Civil Veterinary Dept. Bombay admin report 1923-31 - 1923-1931
Year: 1923
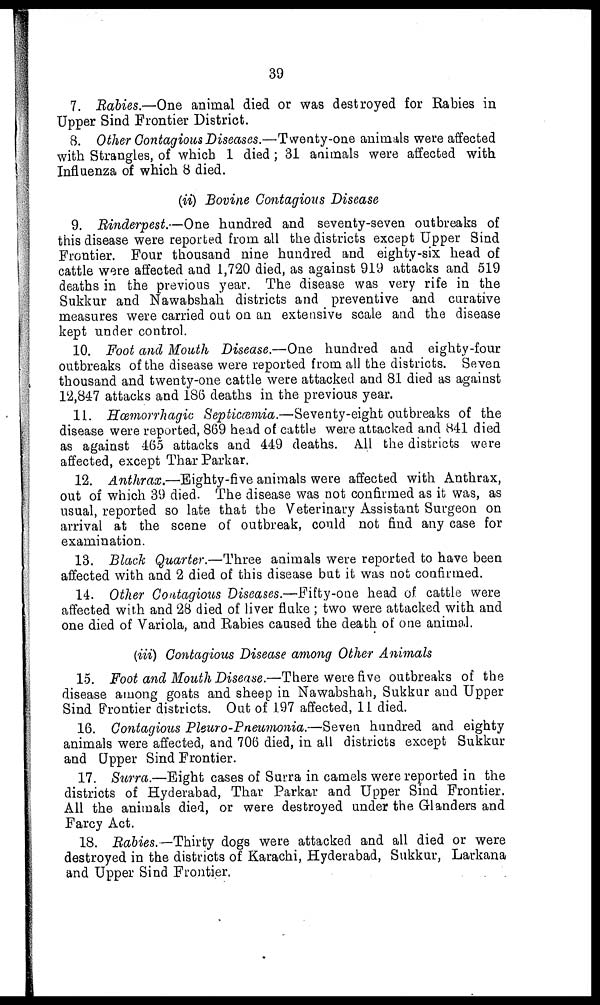
39
7. Rabies.—One animal died or was destroyed for Rabies in
Upper Sind Frontier District.
8. Other Contagious Diseases.—Twenty-one animals were affected
with Strangles, of which 1 died ; 31 animals were affected with
Influenza of which 8 died.
(ii) Bovine Contagious Disease
9. Rinderpest.—One hundred and seventy-seven outbreaks of
this disease were reported from all the districts except Upper Sind
Frontier. Four thousand nine hundred and eighty-six head of
cattle were affected and 1,720 died, as against 919 attacks and 519
deaths in the previous year. The disease was very rife in the
Sukkur and Nawabshah districts and preventive and curative
measures were carried out on an extensive scale and the disease
kept under control.
10. Foot and Mouth Disease.—One hundred and eighty-four
outbreaks of the disease were reported from all the districts. Seven
thousand and twenty-one cattle were attacked and 81 died as against
12,847 attacks and 186 deaths in the previous year.
11. Hæmorrhagic Septicæmia.—Seventy-eight outbreaks of the
disease were reported, 869 head of cattle were attacked and 841 died
as against 465 attacks and 449 deaths. All the districts were
affected, except Thar Parkar.
12. Anthrax.—Eighty-five animals were affected with Anthrax,
out of which 39 died. The disease was not confirmed as it was, as
usual, reported so late that the Veterinary Assistant Surgeon on
arrival at the scene of outbreak, could not find any case for
examination.
13. Black Quarter.—Three animals were reported to have been
affected with and 2 died of this disease but it was not confirmed.
14. Other Contagious Diseases.—Fifty-one head of cattle were
affected with and 28 died of liver fluke ; two were attacked with and
one died of Variola, and Rabies caused the death of one animal.
(iii) Contagious Disease among Other Animals
15. Foot and Mouth Disease.—There were five outbreaks of the
disease among goats and sheep in Nawabshah, Sukkur and Upper
Sind Frontier districts. Out of 197 affected, 11 died.
16. Contagious Pleuro-Pneumonia.—Seven hundred and eighty
animals were affected, and 706 died, in all districts except Sukkur
and Upper Sind Frontier.
17. Surra.—Eight cases of Surra in camels were reported in the
districts of Hyderabad, Thar Parkar and Upper Sind Frontier.
All the animals died, or were destroyed under the Glanders and
Farcy Act.
18. Rabies.—Thirty dogs were attacked and all died or were
destroyed in the districts of Karachi, Hyderabad, Sukkur, Larkana
and Upper Sind Frontier.